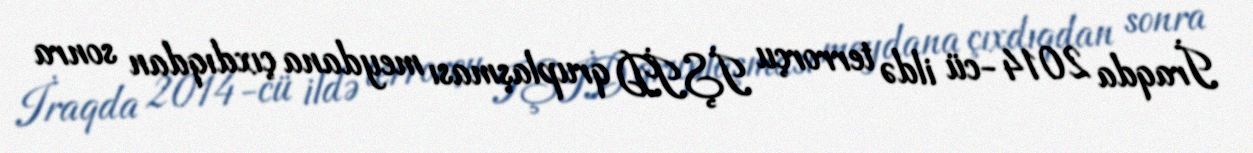
İraqda 2014-cü ildə terrorçu İŞİD qruplaşması meydana çıxdıqdan sonra